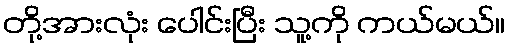
တို့အားလုံး ပေါင်းပြီး သူ့ကို ကယ်မယ်။